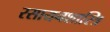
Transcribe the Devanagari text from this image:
रसायनशास्त्रि